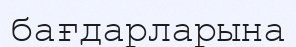
бағдарларына